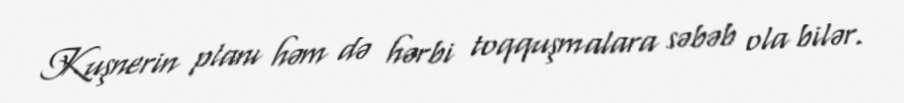
Kuşnerin planı həm də hərbi toqquşmalara səbəb ola bilər.